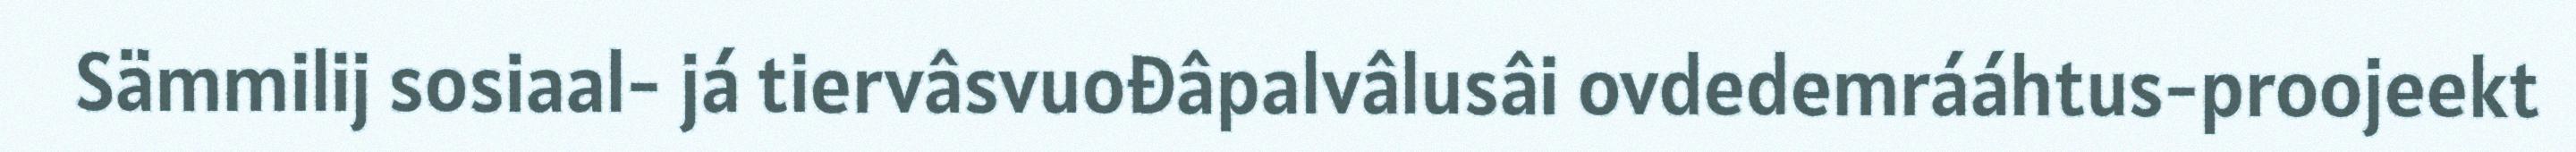
Sämmilij sosiaal- já tiervâsvuođâpalvâlusâi ovdedemrááhtus-proojeekt